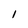
Character: I